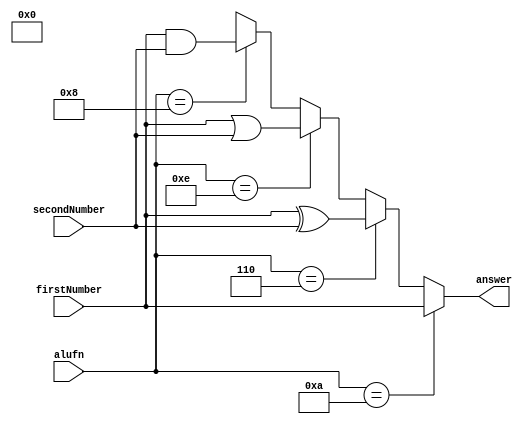
module bool_8 (
    input [15:0] firstNumber,
    input [15:0] secondNumber,
    input [3:0] alufn,
    output reg [15:0] answer
  );
  
  
  
  always @* begin
    answer = 4'bxxxx;
    if (alufn == 4'h8) begin
      answer[0+15-:16] = firstNumber[0+15-:16] & secondNumber[0+15-:16];
    end
    if (alufn == 4'he) begin
      answer[0+15-:16] = firstNumber[0+15-:16] | secondNumber[0+15-:16];
    end
    if (alufn == 4'h6) begin
      answer[0+15-:16] = firstNumber[0+15-:16] ^ secondNumber[0+15-:16];
    end
    if (alufn == 4'ha) begin
      answer[0+15-:16] = firstNumber[0+15-:16];
    end
  end
endmodule